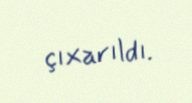
çıxarıldı.